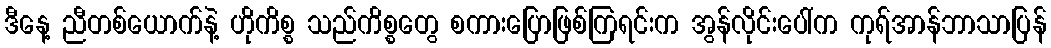
ဒီနေ့ ညီတစ်ယောက်နဲ့ ဟိုကိစ္စ သည်ကိစ္စတွေ စကားပြောဖြစ်ကြရင်းက အွန်လိုင်းပေါ်က ကုရ်အာန်ဘာသာပြန်